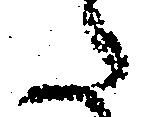
た